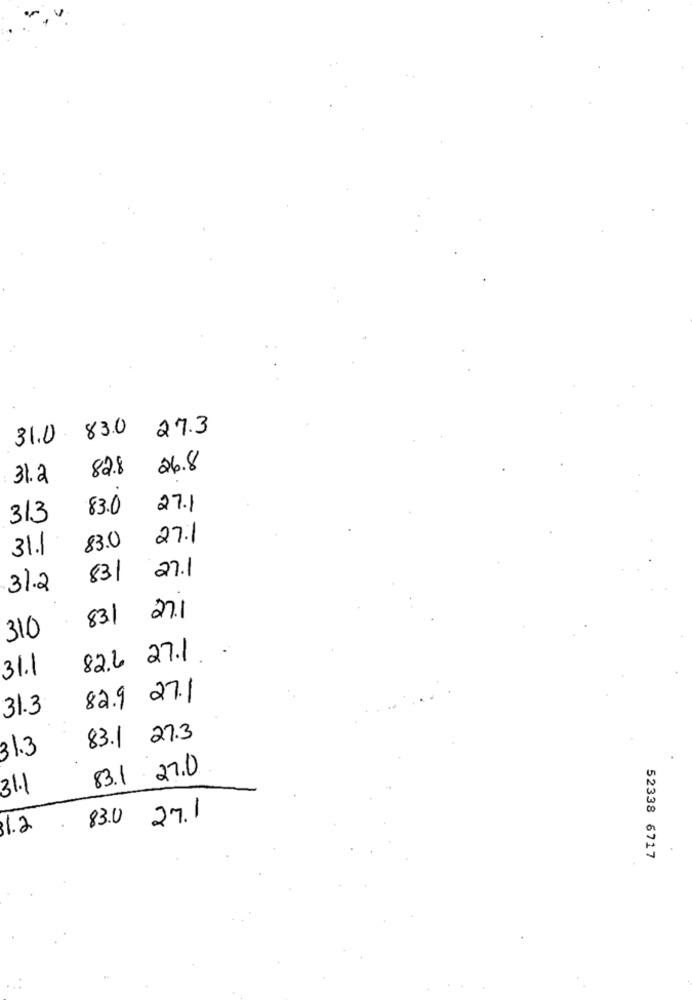
27.3
31.0
83.0
82.8
26.8
31.2
83.0
27.1
313
27.1
31.1
83.0
831
27.1
31.2
83.1
27.1
310
82.6 27.1.
31.1
82.9 27.1
31.3
83.1 27.3
31.3
83.1 27.0
31.1
27. 1
31.2
83.0
52338 6717